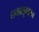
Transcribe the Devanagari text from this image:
तनासुगरन